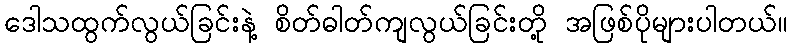
ဒေါသထွက်လွယ်ခြင်းနဲ့ စိတ်ဓါတ်ကျလွယ်ခြင်းတို့ အဖြစ်ပိုများပါတယ်။